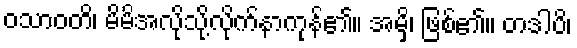
ဝသာဝတိ၊ မိမိအလိုသို့လိုက်နာကုန်၏။ အမှိ၊ ဖြစ်၏။ တဒါပိ၊